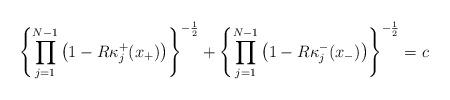
LaTeX: \begin{align*}\left\{\prod\limits_{j=1}^{N-1}\left(1 - R\kappa^+_j(x_+)\right)\right\}^{-\frac 12} + \left\{\prod\limits_{j=1}^{N-1}\left(1 - R\kappa^-_j(x_-)\right)\right\}^{-\frac 12} = c \end{align*}